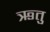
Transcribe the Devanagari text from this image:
ऋतुु